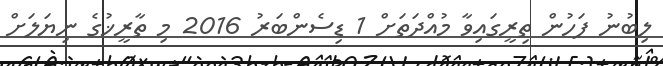
ލިބުނު ފަހުން ތިރީގައިވާ މުއްދަތަށް 1 ޑިސެންބަރު 2016 މި ތާރީޚުގެ ނިޔަލަށް